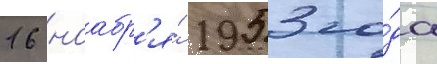
16 ноабр'я́ 1953 го́да